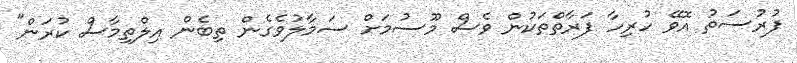
ފުރުސަތު އޮވޭ ހުރިހާ ފަރާތްތަކުން ވެސް މޫސުމަށް ސަމާލުވެގެން ތިބެން އިލްތިމާސް ކުރަން"